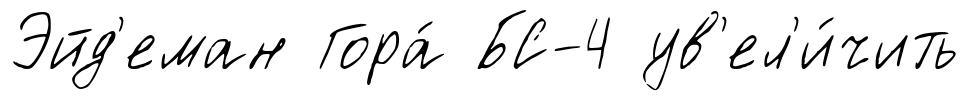
Эйд'еман Гора́ БС-4 ув'ел'и́чить